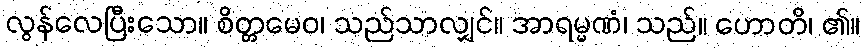
လွန်လေပြီးသော။ စိတ္တမေဝ၊ သည်သာလျှင်။ အာရမ္မဏံ၊ သည်။ ဟောတိ၊ ၏။